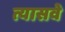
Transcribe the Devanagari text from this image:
त्यासवे